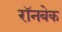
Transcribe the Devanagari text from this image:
रॉनबेक